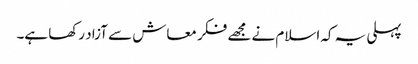
پہلی یہ کہ اسلام نے مجھے فکر معاش سے آزاد رکھا ہے۔